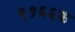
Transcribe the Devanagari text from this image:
९१६६फ